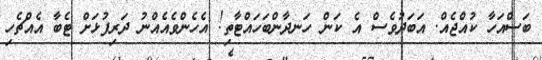
ބަސްއަހާ ކުއްޖެއް. އަބަދުވެސް އެ ކަން ހަނދާންބަހައްޓާތި! އެހެންވެއެއްނު ދަރިފުޅަށް ޓެބާ އެއްޗެހި